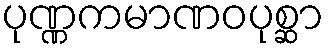
ပုဏ္ဏကမာဏဝပုစ္ဆာ